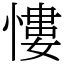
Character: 慺